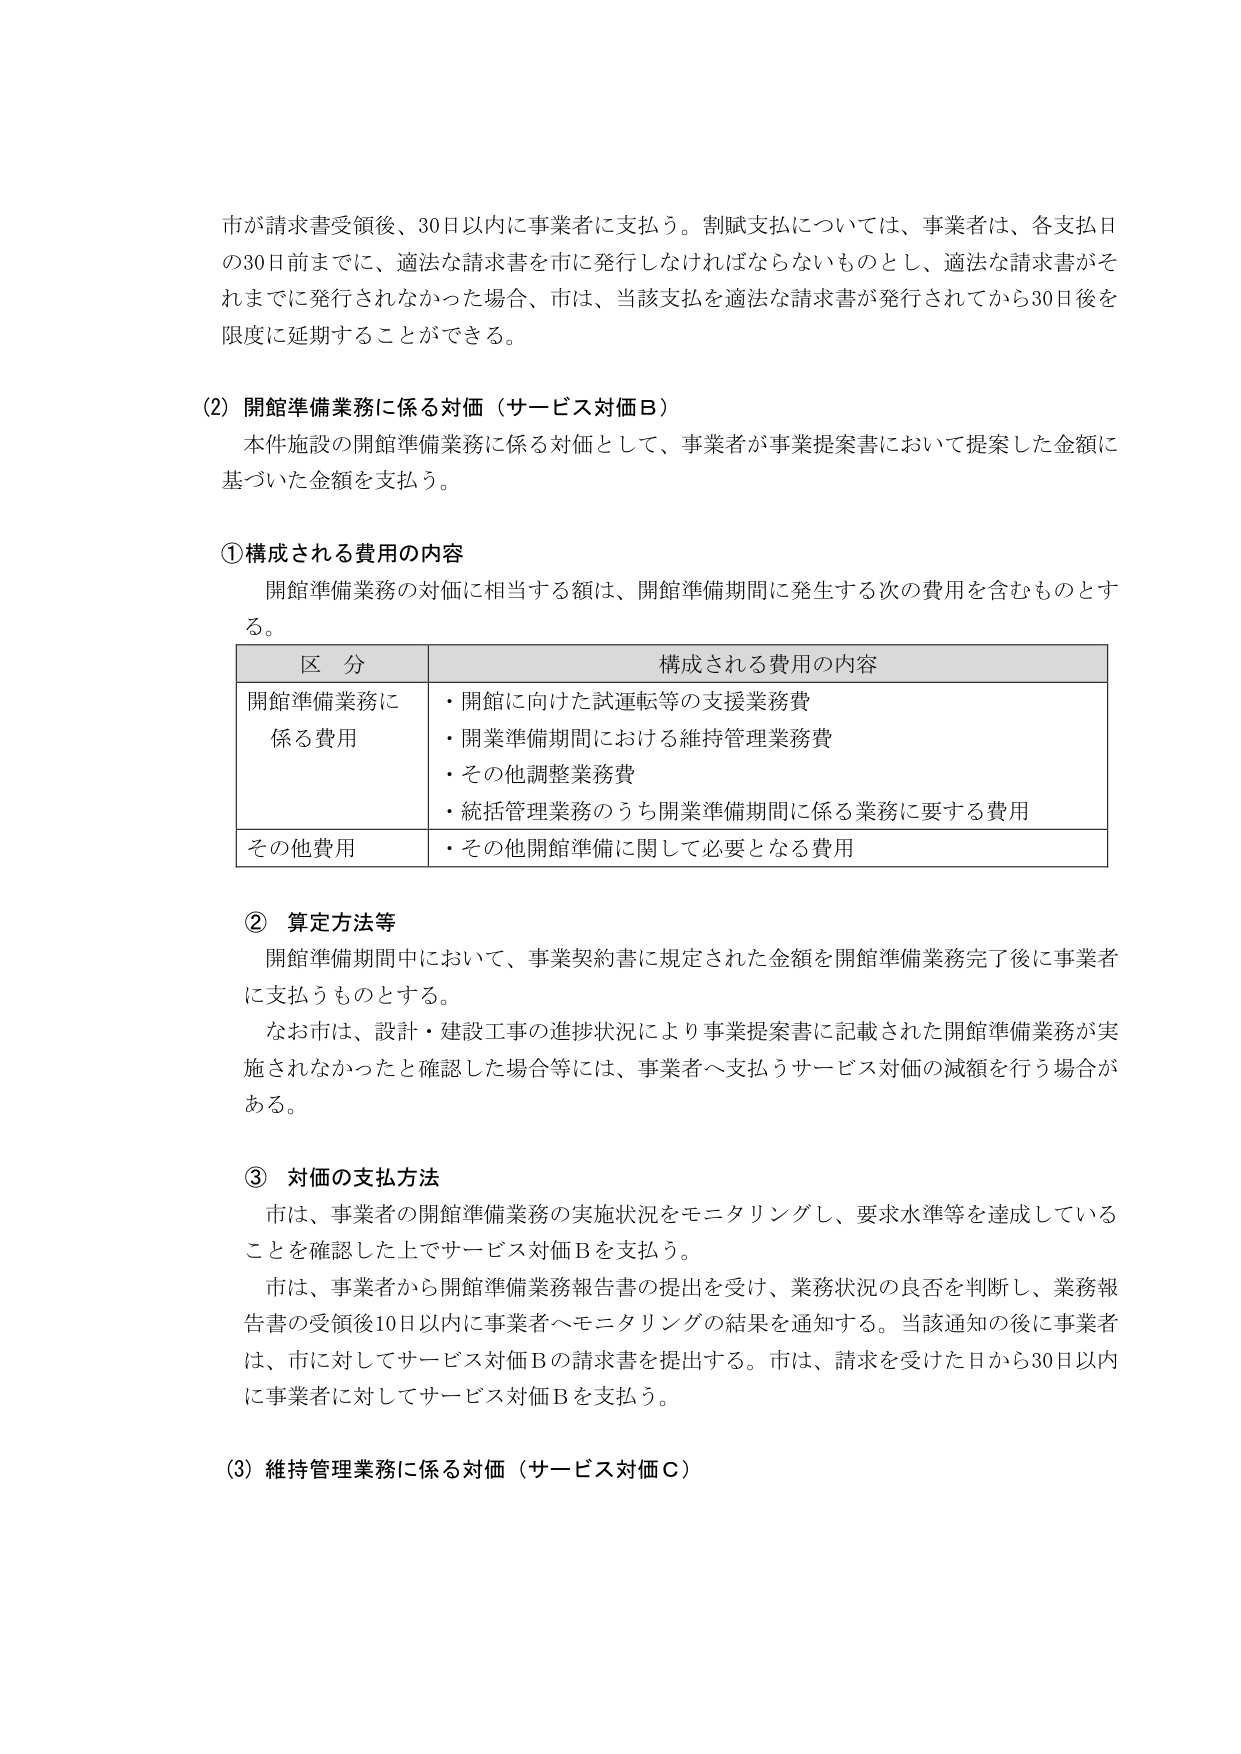
市が請求書受領後、30日以内に事業者に支払う。割賦支払については、事業者は、各支払日の30日前までに、適法な請求書を市に発行しなければならないものとし、適法な請求書がそれまでに発行されなかった場合、市は、当該支払を適法な請求書が発行されてから30日後を限度に延期することができる。

(2) 開館準備業務に係る対価（サービス対価B）
　本件施設の開館準備業務に係る対価として、事業者が事業提案書において提案した金額に基づいた金額を支払う。

① 構成される費用の内容
　開館準備業務の対価に相当する額は、開館準備期間に発生する次の費用を含むものとする。

| 区分 | 構成される費用の内容 |
|------|----------------------|
| 開館準備業務に係る費用 | ・開館に向けた試運転等の支援業務費<br>・開業準備期間における維持管理業務費<br>・その他調整業務費<br>・統括管理業務のうち開業準備期間に係る業務に要する費用 |
| その他費用 | ・その他開館準備に関して必要となる費用 |

② 算定方法等
　開館準備期間中において、事業契約書に規定された金額を開館準備業務完了後に事業者に支払うものとする。
　なお市は、設計・建設工事の進捗状況により事業提案書に記載された開館準備業務が実施されなかったと確認した場合等には、事業者へ支払うサービス対価の減額を行う場合がある。

③ 対価の支払方法
　市は、事業者の開館準備業務の実施状況をモニタリングし、要求水準等を達成していることを確認した上でサービス対価Bを支払う。
　市は、事業者から開館準備業務報告書の提出を受け、業務状況の良否を判断し、業務報告書の受領後10日以内に事業者へモニタリングの結果を通知する。当該通知の後に事業者は、市に対してサービス対価Bの請求書を提出する。市は、請求を受けた日から30日以内に事業者に対してサービス対価Bを支払う。

(3) 維持管理業務に係る対価（サービス対価C）